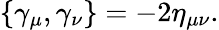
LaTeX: \{ \gamma_{\mu},\gamma_{\nu}\} =-2\eta_{\mu\nu}.